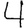
Digit: 4